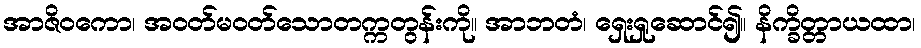
အာဇိဝကော၊ အဝတ်မဝတ်သောတက္ကတွန်းကို။ အာဘတံ၊ ရှေးရှုဆောင်၍။ နိက္ခိတ္တာယထာ၊